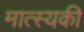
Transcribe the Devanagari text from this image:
मात्स्यकी